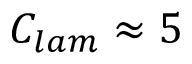
C _ { l a m } \approx 5